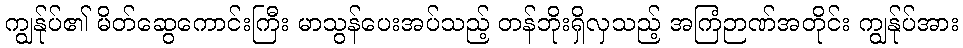
ကျွန်ုပ်၏ မိတ်ဆွေကောင်းကြီး မာသွန်ပေးအပ်သည့် တန်ဘိုးရှိလှသည့် အကြံဉာဏ်အတိုင်း ကျွန်ုပ်အား